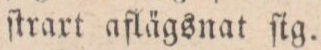
ſtrart aflägsnat ſig.